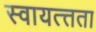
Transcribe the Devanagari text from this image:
स्वायत्त्तता